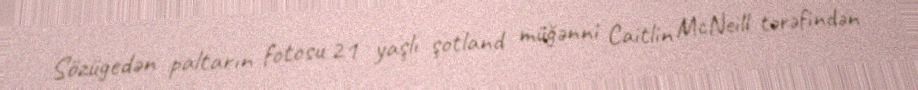
Sözügedən paltarın fotosu 21 yaşlı şotland müğənni Caitlin McNeill tərəfindən